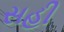
સહી